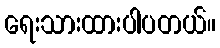
ရေးသားထားပါပတယ်။